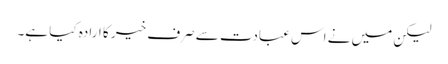
لیکن میں نے اس عبادت سے صرف خیر کا ارادہ کیا ہے۔